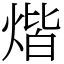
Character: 煯